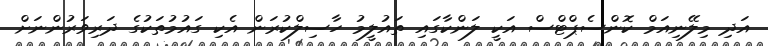
އަދި މިލޭނިއަމް ކޮންސެޕްޓްސް އަކީ ލަންކާގައި ތައުލީމު ހާސިލްކުރަން އެކި ގައުމުތަކުގެ ދަރިވަރުންނަށް